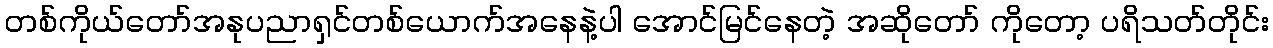
တစ်ကိုယ်တော်အနုပညာရှင်တစ်ယောက်အနေနဲ့ပါ အောင်မြင်နေတဲ့ အဆိုတော် ကိုတော့ ပရိသတ်တိုင်း